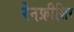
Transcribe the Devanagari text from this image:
रेनफ्रीशिर